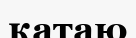
қатаю